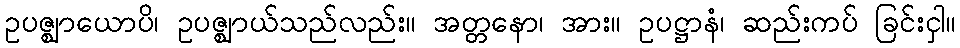
ဥပဇ္ဈာယောပိ၊ ဥပဇ္ဈာယ်သည်လည်း။ အတ္တနော၊ အား။ ဥပဋ္ဌာနံ၊ ဆည်းကပ် ခြင်းငှါ။